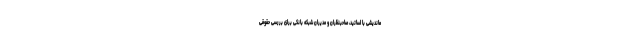
ماندیشی با اساتید، صاحبنظران و مدیران شبکه بانکی برای بررسی حقوقی